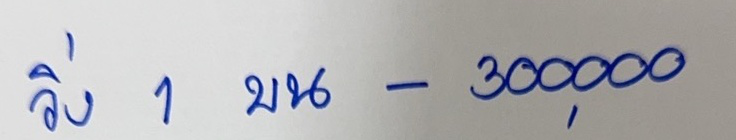
วิ่ง 1  บน -  300,000